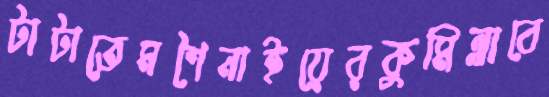
টাটাতেমশৈনাইয়েরকুমিল্লাবে